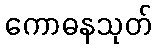
ကောဓနသုတ်